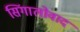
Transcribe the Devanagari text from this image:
सिंगालोवाद